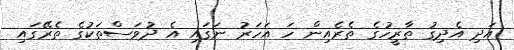
އަދި އެދިގު ތާރީހުގެ ތެރެއިން ހަ އަހަރު ނަގައި އެ ދުވަސްތަކުގެ ތެރޭގައި